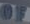
OF